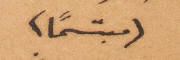
(مبتسمًا)